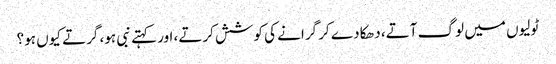
ٹولیوں میں لوگ آتے، دھکا دے کر گرانے کی کوشش کرتے، اور کہتے نبی ہو، گرتے کیوں ہو؟